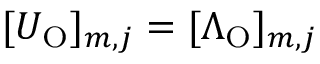
[ U _ { \mathrm { O } } ] _ { m , j } = [ \Lambda _ { \mathrm { O } } ] _ { m , j }